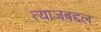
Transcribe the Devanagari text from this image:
त्याजबद्दल